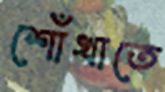
শোঁখাতে